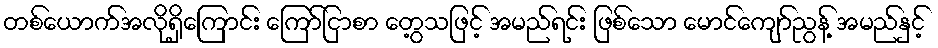
တစ်ယောက်အလိုရှိကြောင်း ကြော်ငြာစာ တွေ့သဖြင့် အမည်ရင်း ဖြစ်သော မောင်ကျော်ညွန့် အမည်နှင့်